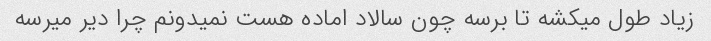
زیاد طول میکشه تا برسه چون سالاد اماده هست نمیدونم چرا دیر میرسه